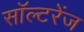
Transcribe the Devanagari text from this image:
सॉल्टरेंज